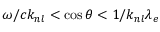
\omega / c k _ { n l } < \cos \theta < 1 / k _ { n l } \lambda _ { e }